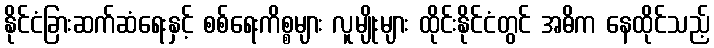
နိုင်ငံခြားဆက်ဆံရေးနှင့် စစ်ရေးကိစ္စများ လူမျိုးများ ထိုင်းနိုင်ငံတွင် အဓိက နေထိုင်သည့်